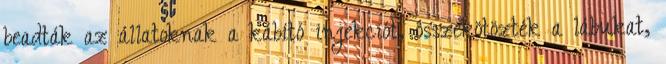
beadták az állatoknak a kábító injekciót, összekötözték a lábukat,